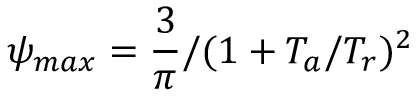
{ \psi } _ { m a x } = { \frac { 3 } { \pi } } / ( 1 + T _ { a } / T _ { r } ) ^ { 2 }